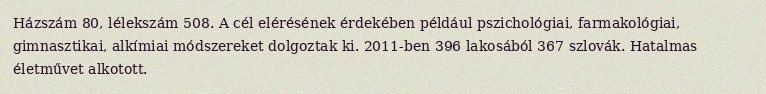
Házszám 80, lélekszám 508. A cél elérésének érdekében például pszichológiai, farmakológiai, gimnasztikai, alkímiai módszereket dolgoztak ki. 2011-ben 396 lakosából 367 szlovák. Hatalmas életművet alkotott.